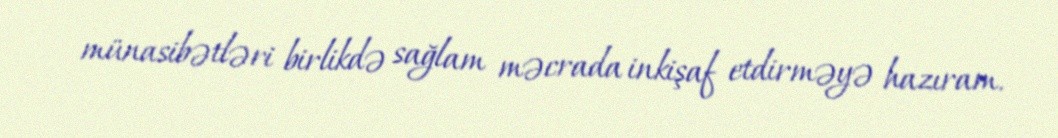
münasibətləri birlikdə sağlam məcrada inkişaf etdirməyə hazıram.